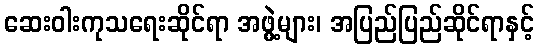
ဆေးဝါးကုသရေးဆိုင်ရာ အဖွဲ့များ၊ အပြည်ပြည်ဆိုင်ရာနှင့်